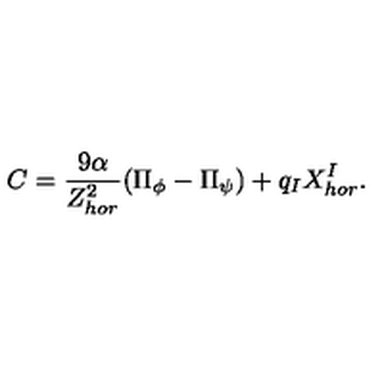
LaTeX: C = \frac { 9 \alpha } { Z _ { h o r } ^ { 2 } } ( \Pi _ { \phi } - \Pi _ { \psi } ) + q _ { I } X _ { h o r } ^ { I } .